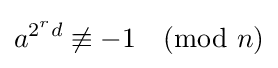
a^{2^{r}d}\not \equiv -1{\pmod {n}}